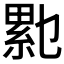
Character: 𰫥